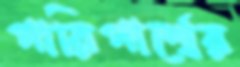
পারিপার্শ্বের